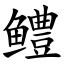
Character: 鳢